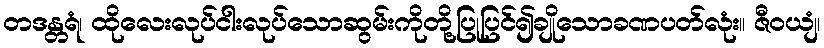
တဒန္တရံ၊ ထိုလေးလုပ်ငါးလုပ်သောဆွမ်းကိုတို့ပြုပြင်၍ချိုသောခဏပတ်လုံး။ ဇီဝယျံ၊